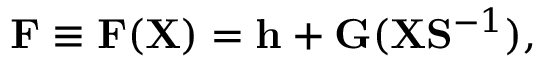
{ \displaystyle { \bf F } \equiv { \bf F } ( { \bf X } ) = { \bf h } + { \bf G } ( { \bf X } { \bf S } ^ { - 1 } ) } ,